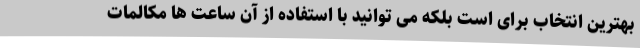
بهترین انتخاب برای است بلکه می توانید با استفاده از آن ساعت ها مکالمات